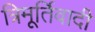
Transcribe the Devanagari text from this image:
त्रिमूर्तिवादी